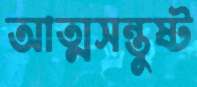
আত্মসন্তুষ্ট